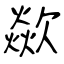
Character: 歘